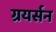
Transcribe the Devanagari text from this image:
ग्रयर्सन